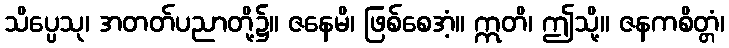
သိပ္ပေသု၊ အတတ်ပညာတို့၌။ ဇနေမိ၊ ဖြစ်စေအံ့။ ဣတိ၊ ဤသို့။ ဇနကစိတ္တံ၊